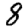
Digit: 8